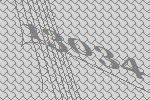
13034